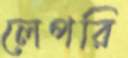
লেপরি